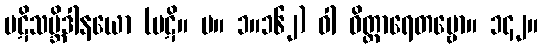
ပဋိသမ္ဘိဒါနယော (ပဋိ။ မ။ ၁။၁၆၂) ဝါ ဝိတ္ထာရေတဗ္ဗော။ ၁၄၂။